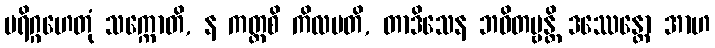
ပရိဂ္ဂဟေတုံ သက္ကောတိ, န ကတ္ထစိ ကိလမတိ, တာဒိသေန ဘဝိတဗ္ဗန္တိ ဒဿေန္တော အာဟ